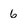
Character: 6